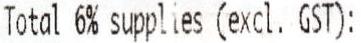
TOTAL 6% SUPPLIES (EXCL. GST):